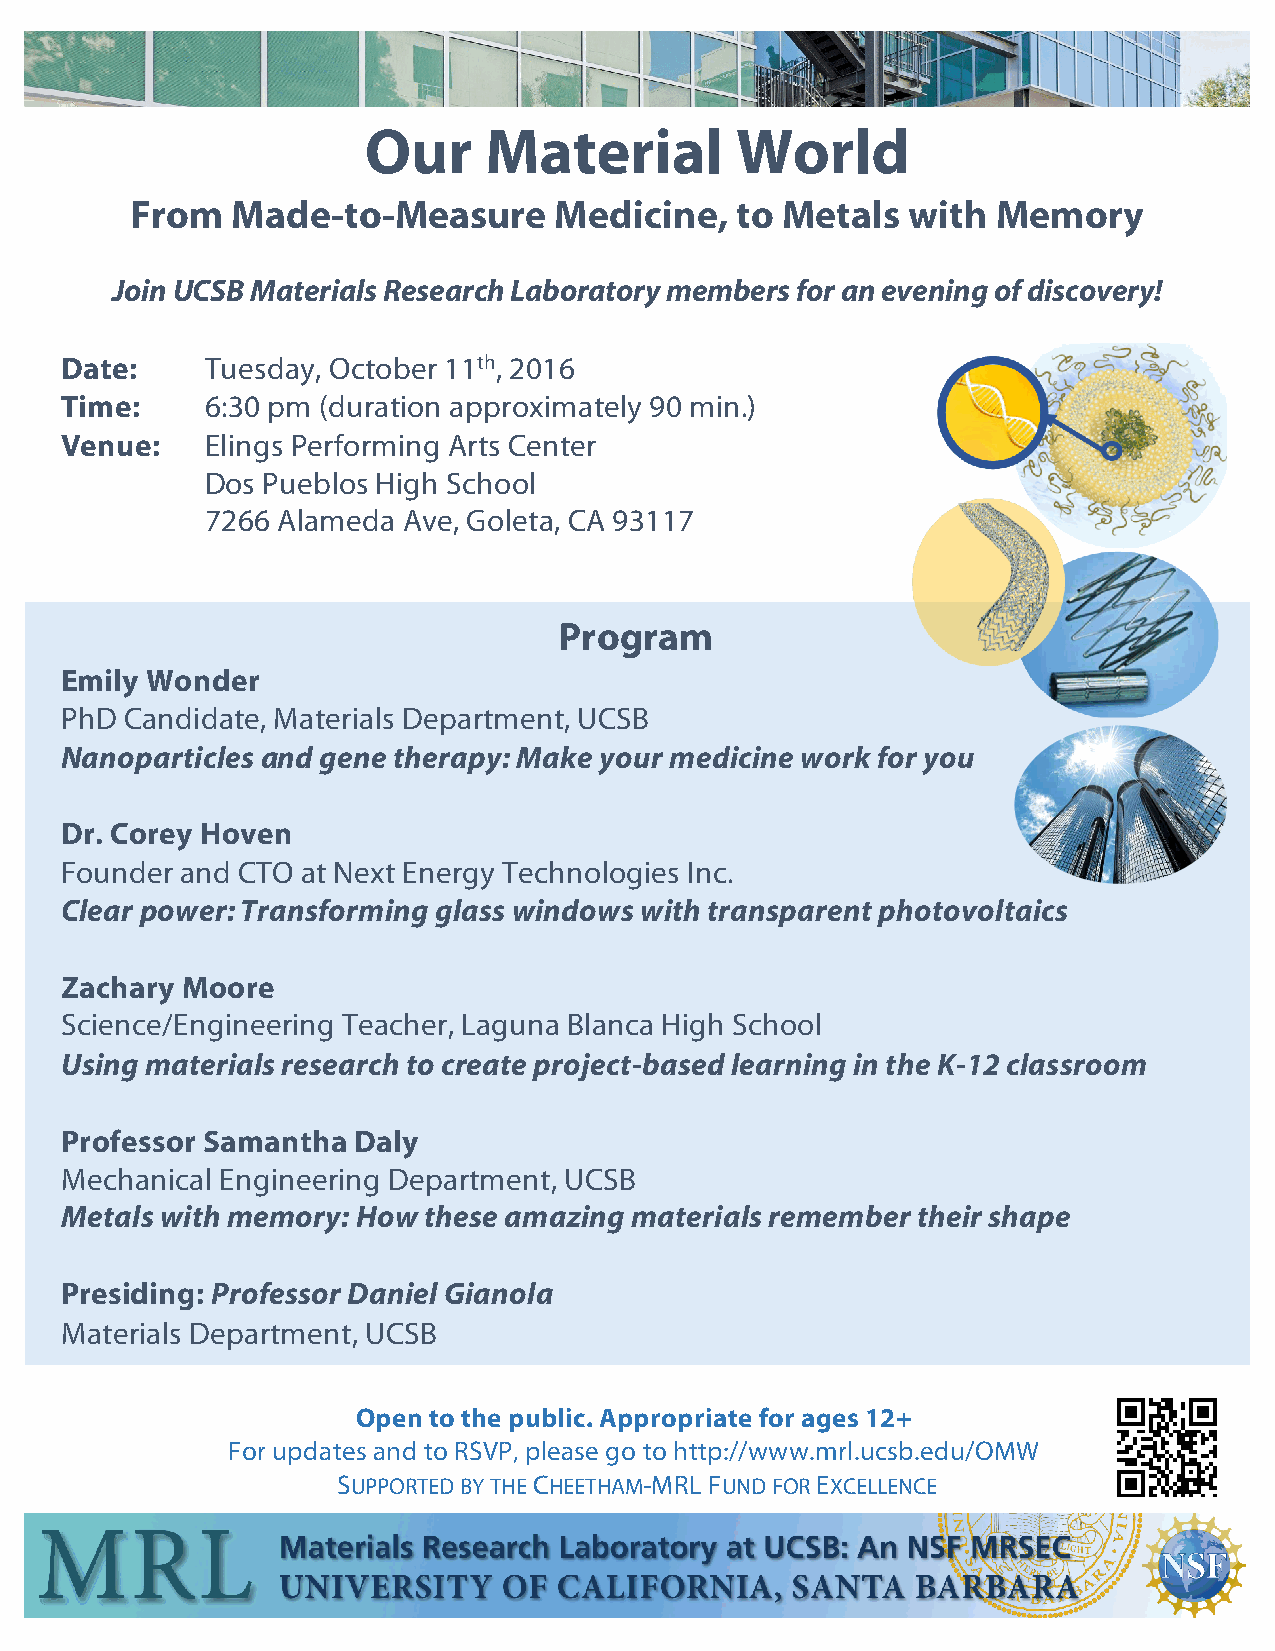
Our     Material         World
 From  Made-to-Measure       Medicine,   to Metals  with  Memory
 Join UCSB Materials Research Laboratory members for an evening of discovery!
 Date:     Tuesday, October 11th, 2016
 Time:     6:30 pm (duration approximately 90 min.)
 Venue:    Elings Performing Arts Center
 Dos Pueblos High School
 7266 Alameda Ave, Goleta, CA 93117
 Program
 Emily Wonder
 PhD Candidate, Materials Department, UCSB
 Nanoparticles and gene therapy: Make your medicine work for you
 Dr. Corey Hoven
 Founder and CTO at Next Energy Technologies Inc.
 Clear power: Transforming glass windows with transparent photovoltaics
 Zachary Moore
 Science/Engineering Teacher, Laguna Blanca High School
 Using materials research to create project-based learning in the K-12 classroom
 Professor Samantha Daly
 Mechanical Engineering Department, UCSB
 Metals with memory: How these amazing materials remember their shape
 Presiding: Professor Daniel Gianola
 Materials Department, UCSB
 Open to the public. Appropriate for ages 12+
 For updates and to RSVP, please go to http://www.mrl.ucsb.edu/OMW
 SUPPORTEDBYTHECHEETHAM-MRL FUNDFOREXCELLENCE